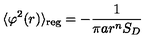
\langle \varphi ^ { 2 } ( r ) \rangle _ { \mathrm { r e g } } = - \frac { 1 } { \pi a r ^ { n } S _ { D } }